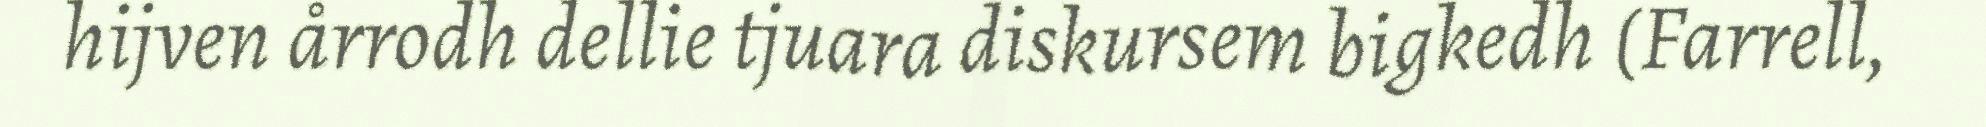
hijven årrodh dellie tjuara diskursem bigkedh (Farrell,